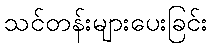
သင်တန်းများပေးခြင်း